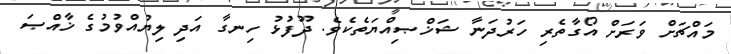
މައްޗަށް ވަރަށް އޯގާތެރި ހަރުދަނާ ޝަޚްޞިއްޔަތެކެވެ. ދޫފުޅު ހިނގާ އަދި ލިޔުއްވުމުގެ ޚާއްޞަ